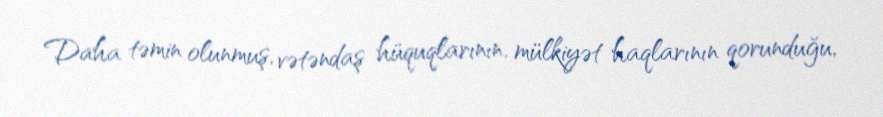
Daha təmin olunmuş, vətəndaş hüquqlarının, mülkiyət haqlarının qorunduğu,